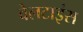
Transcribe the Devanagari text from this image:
वेलटाइंस